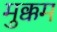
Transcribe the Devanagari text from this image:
मुक्कम